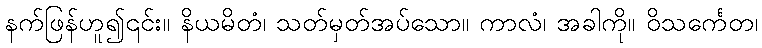
နက်ဖြန်ဟူ၍၎င်း။ နိယမိတံ၊ သတ်မှတ်အပ်သော။ ကာလံ၊ အခါကို။ ဝိသင်္ကေတ၊